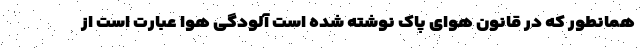
همانطور که در قانون هوای پاک نوشته شده است آلودگی هوا عبارت است از